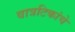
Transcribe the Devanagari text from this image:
वात्रटिकांचे